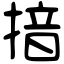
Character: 揞